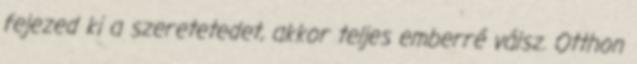
fejezed ki a szeretetedet, akkor teljes emberré válsz. Otthon